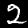
Digit: 2